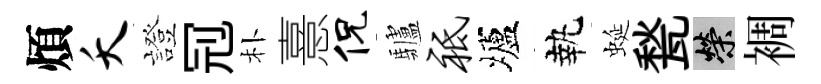
煩夭證𠜍朴憙侃驢祗壚執蜒甃榮裯